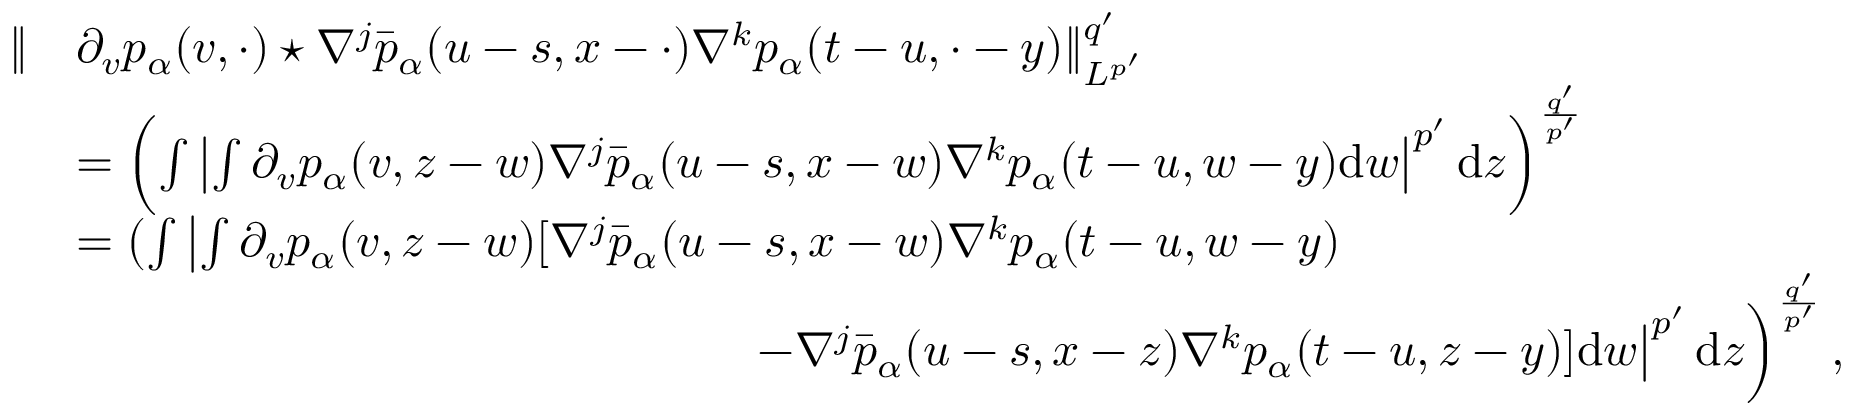
\begin{array} { r l } { \Vert } & { \partial _ { v } p _ { \alpha } ( v , \cdot ) \star \nabla ^ { j } \bar { p } _ { \alpha } ( u - s , x - \cdot ) \nabla ^ { k } p _ { \alpha } ( t - u , \cdot - y ) \Vert _ { L ^ { p ^ { \prime } } } ^ { q ^ { \prime } } } \\ & { = \left( \int \left| \int \partial _ { v } p _ { \alpha } ( v , z - w ) \nabla ^ { j } \bar { p } _ { \alpha } ( u - s , x - w ) \nabla ^ { k } p _ { \alpha } ( t - u , w - y ) \mathrm { d } w \right| ^ { p ^ { \prime } } \mathrm { d } z \right) ^ { \frac { q ^ { \prime } } { p ^ { \prime } } } } \\ & { = \left( \int \left| \int \partial _ { v } p _ { \alpha } ( v , z - w ) [ \nabla ^ { j } \bar { p } _ { \alpha } ( u - s , x - w ) \nabla ^ { k } p _ { \alpha } ( t - u , w - y ) \right. \right. } \\ & { \qquad \qquad \qquad \qquad \qquad \qquad \qquad \left. \left. - \nabla ^ { j } \bar { p } _ { \alpha } ( u - s , x - z ) \nabla ^ { k } p _ { \alpha } ( t - u , z - y ) ] \mathrm { d } w \right| ^ { p ^ { \prime } } \mathrm { d } z \right) ^ { \frac { q ^ { \prime } } { p ^ { \prime } } } , } \end{array}